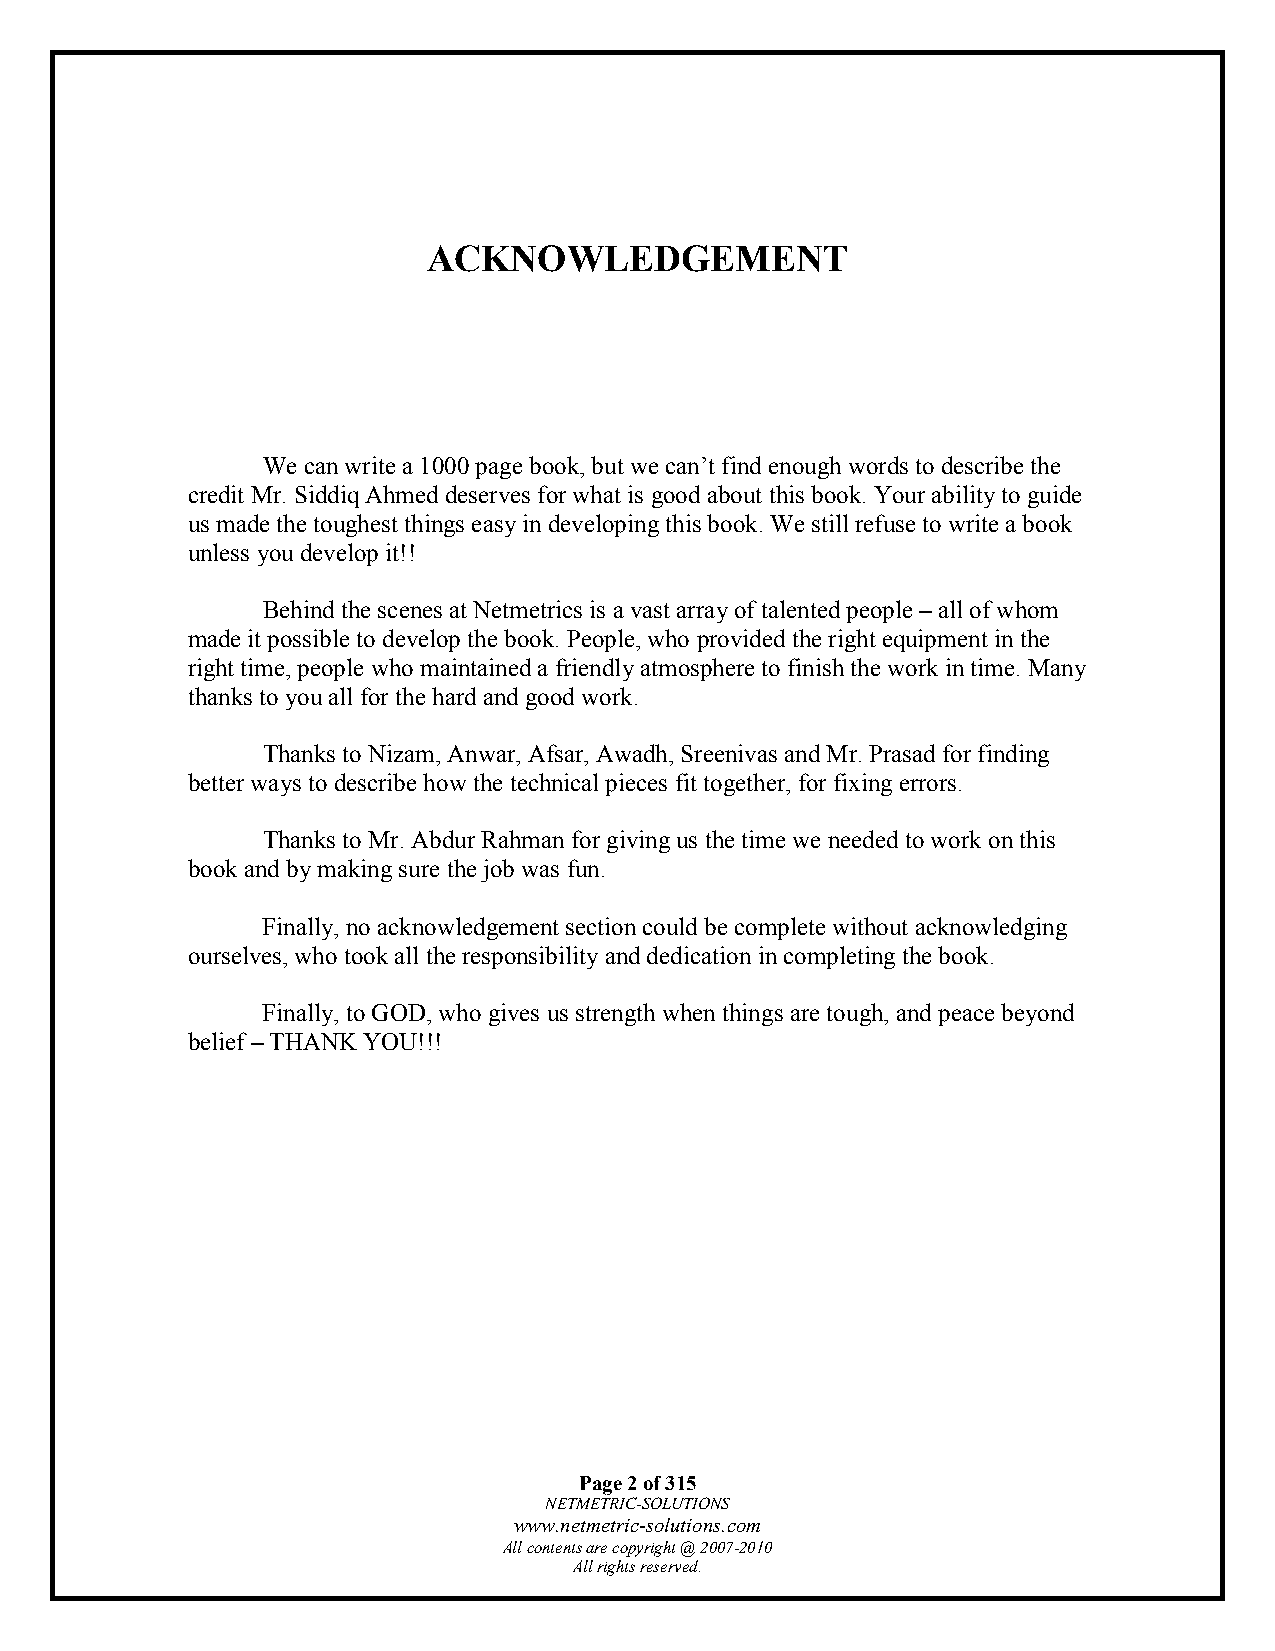
ACKNOWLEDGEMENT
 We can write a 1000 page book, but we can’t find enough words to describe the
 credit Mr. Siddiq Ahmed deserves for what is good about this book. Your ability to guide
 us made the toughest things easy in developing this book. We still refuse to write a book
 unless you develop it!!
 Behind the scenes at Netmetrics is a vast array of talented people – all of whom
 made it possible to develop the book. People, who provided the right equipment in the
 right time, people who maintained a friendly atmosphere to finish the work in time. Many
 thanks to you all for the hard and good work.
 Thanks to Nizam, Anwar, Afsar, Awadh, Sreenivas and Mr. Prasad for finding
 better ways to describe how the technical pieces fit together, for fixing errors.
 Thanks to Mr. Abdur Rahman for giving us the time we needed to work on this
 book and by making sure the job was fun.
 Finally, no acknowledgement section could be complete without acknowledging
 ourselves, who took all the responsibility and dedication in completing the book.
 Finally, to GOD, who gives us strength when things are tough, and peace beyond
 belief – THANK YOU!!!
 Page 2 of 315
 NETMETRIC-SOLUTIONS
 www.netmetric-solutions.com
 All contents are copyright @ 2007-2010
 All rights reserved.